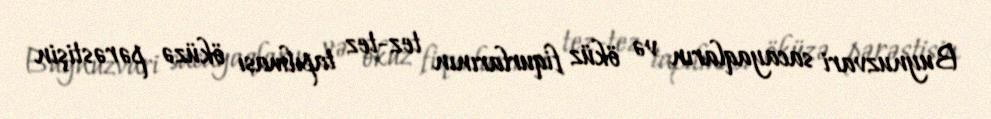
Buynuzvari sacayaqların və öküz fiqurlarının tez-tez tapılması öküzə pərəstişin